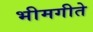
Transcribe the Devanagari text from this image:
भीमगीते